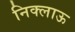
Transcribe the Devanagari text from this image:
निक्लाऊ